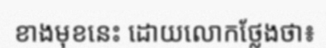
ខាងមុខនេះ ដោយលោកថ្លែងថា៖